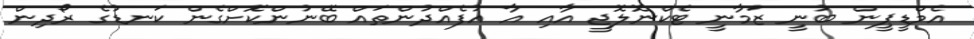
އެމްޑީޕީން ބުނީ ޒަމާނީ ޓެކްނޮލޮޖީ އާއި އާ އުފެއްދުންތައް ބޭނުންކޮށްގެން ކަނޑުގެ ރޯދިން